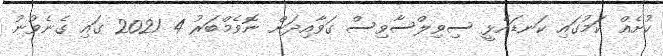
ކުށެއް ކަމުގައި ކަނޑައެޅީ ސިވިލްސާވިސް ގަވާއިދަށް ނޮވެމްބަރު 4 2021 ގައި ގެނެވުނު